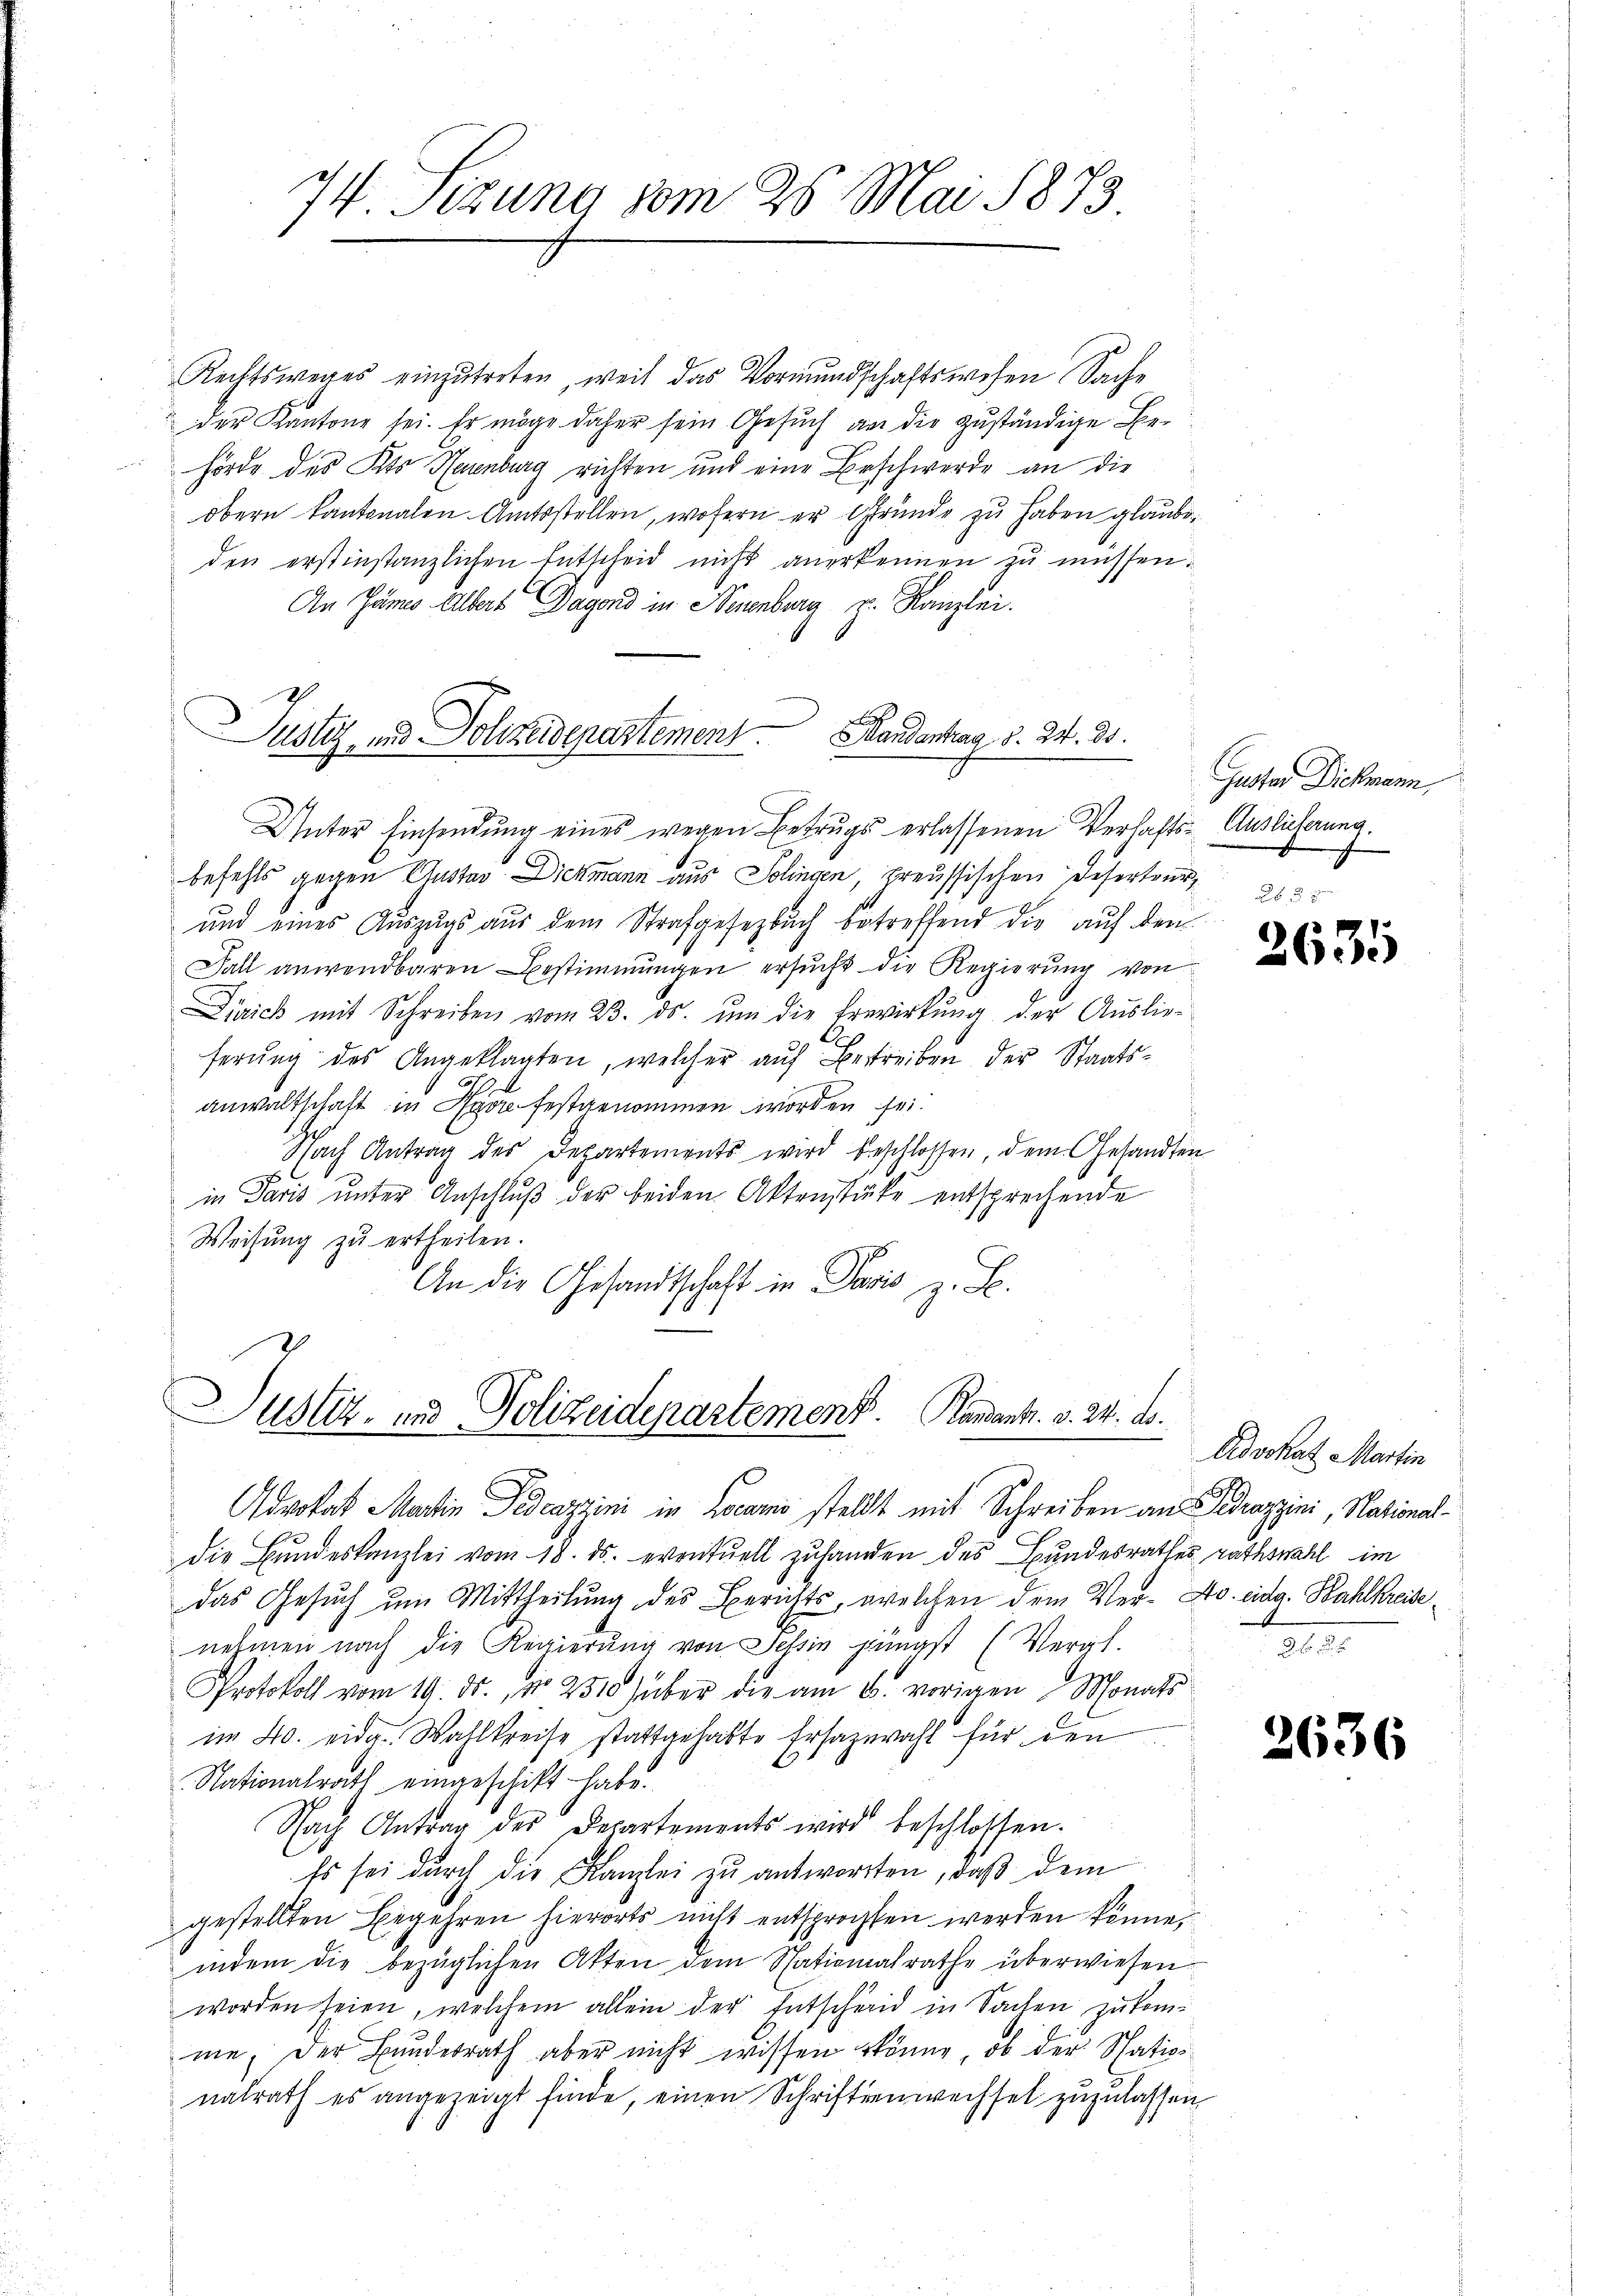
34 Sizung vom 25. Mai 1873.
1

Rechtsweges einzŭtreten, weil das Vormundschaftswesen Sache
der Kantone sei. Er möge daher sein Gesuch an die zuständige Behörde des Kts. Karnburg richten und eine Beschwerde an die
obern kantonalen Amtsstellen, wofern er Gründe zu haben glaube,
den erstinstanzlichen Entscheid nicht anerkennen zu müssen.
An Jäneo Albert Dagond in Neuenburg z. Kanzlei.
L

Justiz- und Polizeidepartement Grandantag, d. 24. ds.
Unter Einsendung eines wegen Betrugs erlassenen Verhafts- Auslieferung.

befehls gegen Austav Dickmann aus Solingen, preussischen Deserteur,
und eines Auszugs aus dem Strafgesezbuch betreffend die auf den
Fall anwendbaren Bestimmungen ersucht die Regierung von
Zürich mit Schreiben vom 23. ds. ŭm die Erwirkung der Auslie-
ferŭng des Angeklagten, welcher auf Bestreiben der Staatsanwaltschaft in festgenommen worden sei.
Nach Antrag des Departements wird beschlossen, dem Gesandten
in Paris unter Anschluß der beiden Aktenstücke entsprechende
Weisung zu ertheilen.
An die Gesandtschaft in Paris z. B.

Justiz- und Polizeidepartement. Randants. v. 24. ds.

Guster Dickmann,

Advokat Martin Fedcazzini in Locarno stellt mit Schreiben an Gedrazzini, National-
die Bundeskanzlei vom 18. ds. eventuell zuhanden des Bundesrathes rathswahl im
das Gesuch um Mittheilung des Berichts, welchen dem Ver- Ao. eidg. Wahlkreise
nehmen nach die Regierŭng von Tessin jüngst (Vergl.
Protokoll vom 19. ds., No 2510) über die am 6. vorigen Monats
im 40. eidg. Wahlkreise stattgehabte Ersazwahl für den
Nationalrath eingeschikt habe.
Nach Antrag des Departements wird beschlossen.
Es sei dŭrch die Kanzlei zu antworten, daß dem
gestellten Begehren hierorts nicht entsprochten werden könne,
indem die bezüglichen Akten dem Stationalrathe überwiesen
worden seien, welchem allein der Entscheid in Sachen zukom-
me, der Bundesrath aber nicht wissen könne, ob der Spationalrath es angezeigt finde, einen Schriftenwechsel zuzulassen

3631

Dedvokat Martin

2636